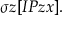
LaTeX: \sigma z [ I P z x ] .